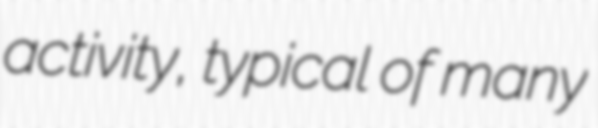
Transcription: activity, typical of many